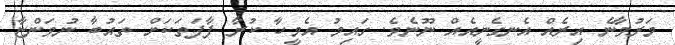
މަރުވާނެ އިރެއް އެނގެނީއެއް ނޫނެވެ. ގައިމު އެމީހާ ކުރާ ފާފަތަކަށް ތައުބާ ނުވަންޏާ